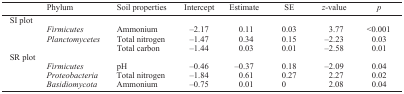
| Phylum | Soil properties | Intercept | Estimate | SE | z-value | p |
 | --- | --- | --- | --- | --- | --- | --- |
 | <COLSPAN=7> SI plot |
 | Firmicutes | Ammonium | −2.17 | 0.11 | 0.03 | 3.77 | <0.001 |
 | Planctomycetes | Total nitrogen | −1.47 | 0.34 | 0.15 | −2.23 | 0.03 |
 |  | Total carbon | −1.44 | 0.03 | 0.01 | −2.58 | 0.01 |
 | <COLSPAN=7> SR plot |
 | Firmicutes | pH | −0.46 | −0.37 | 0.18 | −2.09 | 0.04 |
 | Proteobacteria | Total nitrogen | −1.84 | 0.61 | 0.27 | 2.27 | 0.02 |
 | Basidiomycota | Ammonium | −0.75 | 0.01 | 0 | 2.08 | 0.04 |